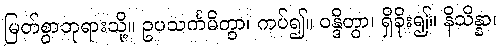
မြတ်စွာဘုရားသို့။ ဥပသင်္ကမိတွာ၊ ကပ်၍။ ဝန္ဒိတွာ၊ ရှိခိုး၍။ နိသိန္နာ၊